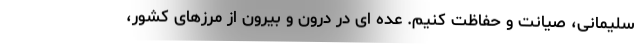
سلیمانی، صیانت و حفاظت کنیم. عده ای در درون و بیرون از مرزهای کشور،